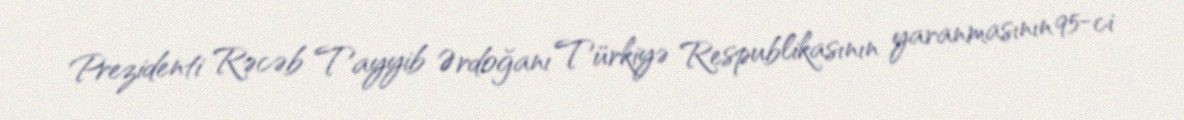
Prezidenti Rəcəb Tayyib Ərdoğanı Türkiyə Respublikasının yaranmasının 95-ci